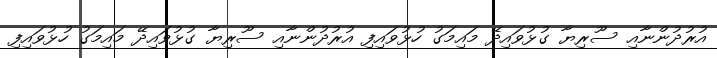
އުރުދުންނާއި ސޫރިޔާ ގުޅުވައިދޭ މައިމަގު ހުޅުވައިފި އުރުދުންނާއި ސޫރިޔާ ގުޅުވައިދޭ މައިމަގު ހުޅުވައިފި